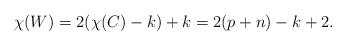
LaTeX: \begin{align*}\chi(W) = 2( \chi(C) - k) + k = 2(p + n) -k +2.\end{align*}